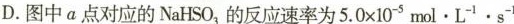
D.图中a点对应的NaHSO_{3}，的反应速率为$$5 . 0 \times 1 0 ^{ -5 } m o l · L^{ -1 } · s ^{ -1 } $$